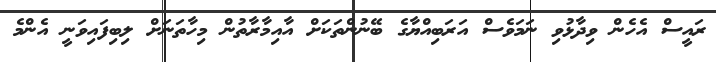
ރައީސް އެހެން ވިދާޅުވި ނަމަވެސް އަރަބިއްޔާގެ ބޭނުންތަކަށް އާއިމާރާތުން މިހާތަނަށް ލިބިފައިވަނީ އެންމެ